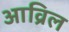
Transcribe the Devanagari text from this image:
आव्रिल